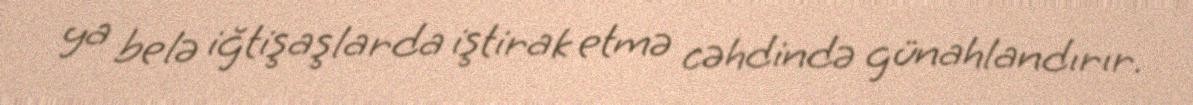
ya belə iğtişaşlarda iştirak etmə cəhdində günahlandırır.